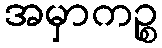
အမှာကဉ္စ